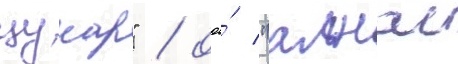
цунар" / ооо́ "алнас